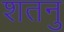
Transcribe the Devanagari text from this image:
शतनु